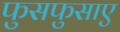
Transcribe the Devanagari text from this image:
फुसफुसाए